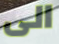
الى